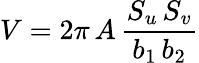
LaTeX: V=2\pi\, A\, \frac{S_{u}\, S_{v}}{b_{1}\, b_{2}}